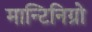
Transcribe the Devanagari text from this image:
मान्टिनिग्रो